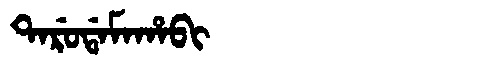
Manchu: ᡨᠠᡵᡠᡩᠠᠮᠠᡥᠠᠪᡳ
Romanization: TARUDAMAHABI